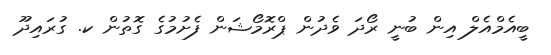
ބީއެމްއެލް އިން ބުނީ ރޯދަ ވެދުން ޕްރޮމޯޝަން ފެށުމުގެ ގޮތުން ކ. ގުރައިދޫ